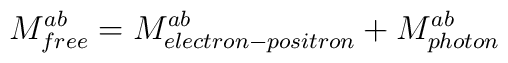
M^{ab}_{free}=M^{ab}_{electron-positron}+M^{ab}_{photon}